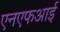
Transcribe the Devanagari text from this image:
एनएफआई